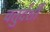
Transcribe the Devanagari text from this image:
चतुर्दर्शी